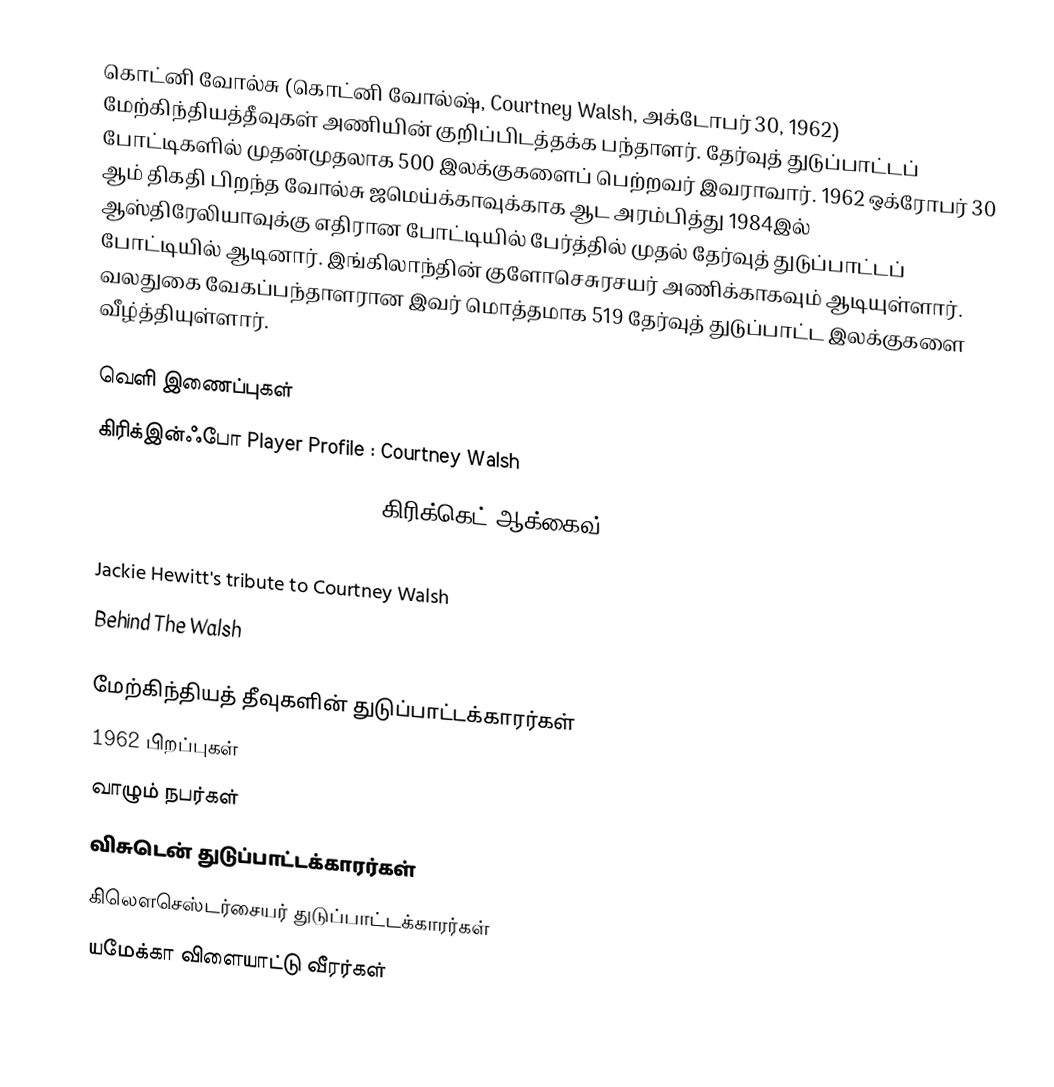
கொட்னி வோல்சு (கொட்னி வோல்ஷ், Courtney Walsh, அக்டோபர் 30, 1962) மேற்கிந்தியத்தீவுகள் அணியின் குறிப்பிடத்தக்க பந்தாளர். தேர்வுத் துடுப்பாட்டப் போட்டிகளில் முதன்முதலாக 500 இலக்குகளைப் பெற்றவர் இவராவார். 1962 ஒக்ரோபர் 30 ஆம் திகதி பிறந்த வோல்சு ஜமெய்க்காவுக்காக ஆட அரம்பித்து 1984இல் ஆஸ்திரேலியாவுக்கு எதிரான போட்டியில் பேர்த்தில் முதல் தேர்வுத் துடுப்பாட்டப் போட்டியில் ஆடினார். இங்கிலாந்தின் குளோசெசுரசயர் அணிக்காகவும் ஆடியுள்ளார். வலதுகை வேகப்பந்தாளரான இவர் மொத்தமாக 519 தேர்வுத் துடுப்பாட்ட இலக்குகளை வீழ்த்தியுள்ளார்.

வெளி இணைப்புகள்
 கிரிக்இன்ஃபோ Player Profile : Courtney Walsh
 Courtney Walsh player profile on கிரிக்கெட் ஆக்கைவ்
 Courtney Walsh Center on CaribbeanCricket.com
 Jackie Hewitt's tribute to Courtney Walsh
 Behind The Walsh

மேற்கிந்தியத் தீவுகளின் துடுப்பாட்டக்காரர்கள்
1962 பிறப்புகள்
வாழும் நபர்கள்
விசுடென் துடுப்பாட்டக்காரர்கள்
கிலெளசெஸ்டர்சையர் துடுப்பாட்டக்காரர்கள்
யமேக்கா விளையாட்டு வீரர்கள்